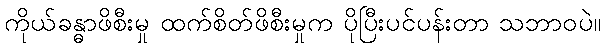
ကိုယ်ခန္ဓာဖိစီးမှု ထက်စိတ်ဖိစီးမှုက ပိုပြီးပင်ပန်းတာ သဘာဝပဲ။